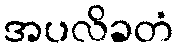
အပလိခတံ